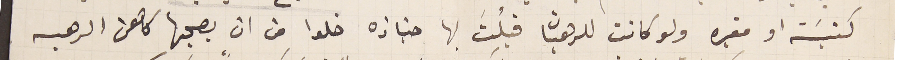
كنيسَة او مقبره ولو كانت للرهبان قبلُتَ بها جنازه خلوا من ان يصحبها كاهن الرهبىه